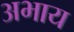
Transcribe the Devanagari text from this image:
अभाय